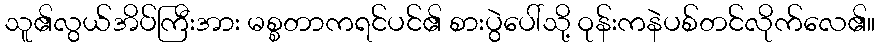
သူ၏လွယ်အိပ်ကြီးအား မစ္စတာကရင်ပင်၏ စားပွဲပေါ်သို့ ဝုန်းကနဲပစ်တင်လိုက်လေ၏။